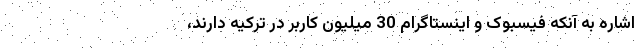
اشاره به آنکه فیسبوک و اینستاگرام 30 میلیون کاربر در ترکیه دارند،